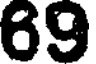
69